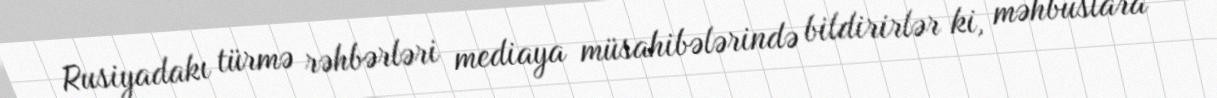
Rusiyadakı türmə rəhbərləri mediaya müsahibələrində bildirirlər ki, məhbuslara